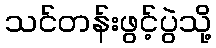
သင်တန်းဖွင့်ပွဲသို့